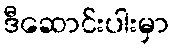
ဒီဆောင်းပါးမှာ